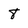
Character: 8